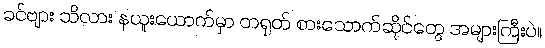
ခင်ဗျား သိလား နယူးယောက်မှာ တရုတ် စားသောက်ဆိုင်တွေ အများကြီးပဲ။